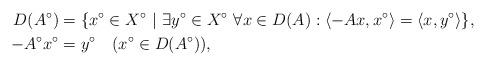
LaTeX: \begin{align*}D(A^{\circ}) & = \{x^{\circ}\in X^{\circ}\ |\ \exists y^{\circ}\in X^{\circ}\ \forall x\in D(A): \langle -Ax,x^{\circ} \rangle=\langle x,y^{\circ} \rangle\},\\ -A^{\circ}x^{\circ}& = y^{\circ} \quad(x^{\circ}\in D(A^{\circ})),\end{align*}